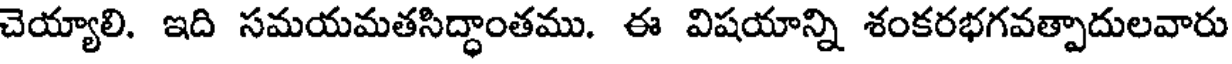
చెయ్యాలి. ఇది సమయమతసిద్ధాంతము. ఈ విషయాన్ని శంకరభగవత్పాదులవారు